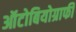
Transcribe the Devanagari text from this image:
ऑटोबियोग्राफी